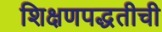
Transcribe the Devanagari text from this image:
शिक्षणपद्धतीची